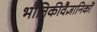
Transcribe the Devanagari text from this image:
भौतिकीवैज्ञानिकों